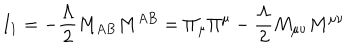
LaTeX: I _ { 1 } = - \frac { \Lambda } { 2 } M _ { A B } M ^ { A B } = \Pi _ { \mu } \Pi ^ { \mu } - \frac { \Lambda } { 2 } M _ { \mu \nu } M ^ { \mu \nu }